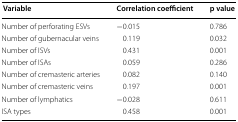
<table><thead><tr><td><b> Variable </b></td><td><b>Correlation coefficient</b></td><td><b>p value</b></td></tr></thead><tbody><tr><td>Number of perforating ESVs</td><td>−0.015</td><td>0.786</td></tr><tr><td>Number of gubernacular veins</td><td>0.119</td><td>0.032</td></tr><tr><td>Number of ISVs</td><td>0.431</td><td>0.001</td></tr><tr><td>Number of ISAs</td><td>0.059</td><td>0.286</td></tr><tr><td>Number of cremasteric arteries</td><td>0.082</td><td>0.140</td></tr><tr><td>Number of cremasteric veins</td><td>0.197</td><td>0.001</td></tr><tr><td>Number of lymphatics</td><td>−0.028</td><td>0.611</td></tr><tr><td>ISA types</td><td>0.458</td><td>0.001</td></tr></tbody></table>